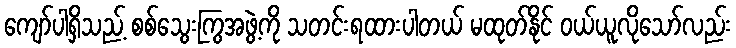
ကျော်ပါရှိသည့် စစ်သွေးကြွအဖွဲ့ကို သတင်းရထားပါတယ် မထုတ်နိုင် ဝယ်ယူလိုသော်လည်း